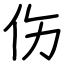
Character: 伤